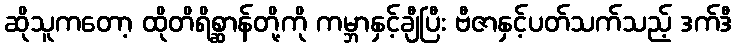
ဆိုသူကတော့ ထိုတိရိစ္ဆာန်တို့ကို ကမ္ဘာနှင့်ချီပြီး ဗီဇာနှင့်ပတ်သက်သည့် ဒက်ဒီ